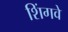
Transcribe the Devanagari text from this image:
शिंगवे